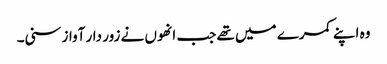
وہ اپنے کمرے میں تھے جب انھوں نے زور دار آواز سنی۔